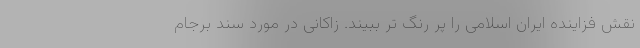
نقش فزاینده ایران اسلامی را پر رنگ تر ببیند. زاکانی در مورد سند برجام